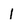
Character: 1